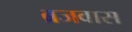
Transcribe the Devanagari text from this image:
ब्रजवास